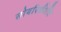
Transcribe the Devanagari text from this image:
सोयरिकीचि